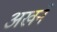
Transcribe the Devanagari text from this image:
अखने